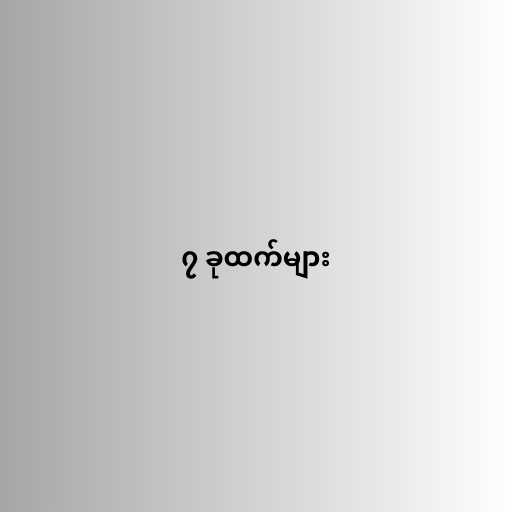
၇ ခုထက်များ